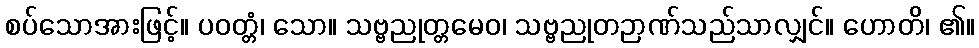
စပ်သောအားဖြင့်။ ပဝတ္တံ၊ သော။ သဗ္ဗညုတ္တမေဝ၊ သဗ္ဗညုတဉာဏ်သည်သာလျှင်။ ဟောတိ၊ ၏။